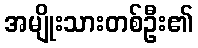
အမျိုးသားတစ်ဦး၏